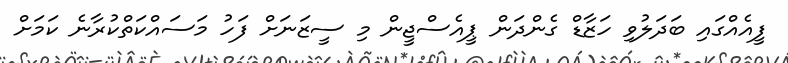
ފީއެއްގައި ބަދަލުވި ހަޒާޑް ގެންދަން ޕީއެސްޖީން މި ސީޒަނަށް ފަހު މަސައްކަތްކުރާނެ ކަމަށް